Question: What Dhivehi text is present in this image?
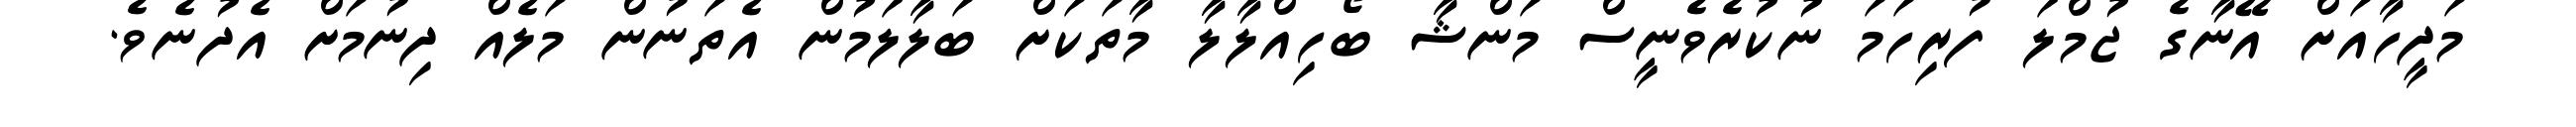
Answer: މަދީހާއަށް އޭނާގެ ޖުމްލަ ފުރިހަމަ ނުކުރެވެނީސް މަންޝާ ބޯހިއްލާލާ މާތަކަށް ބަލާލަމުން އެތަނުން މަލެއް ދިނުމަށް އެދުނެވެ.